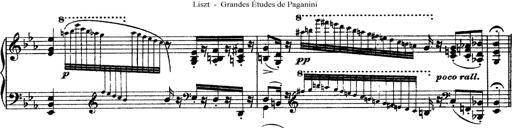
Title: Grandes Ã©tudes de Paganini
Composer: Franz Liszt